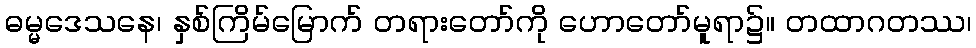
ဓမ္မဒေသနေ၊ နှစ်ကြိမ်မြောက် တရားတော်ကို ဟောတော်မူရာ၌။ တထာဂတဿ၊